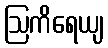
ဩကိရေယျ